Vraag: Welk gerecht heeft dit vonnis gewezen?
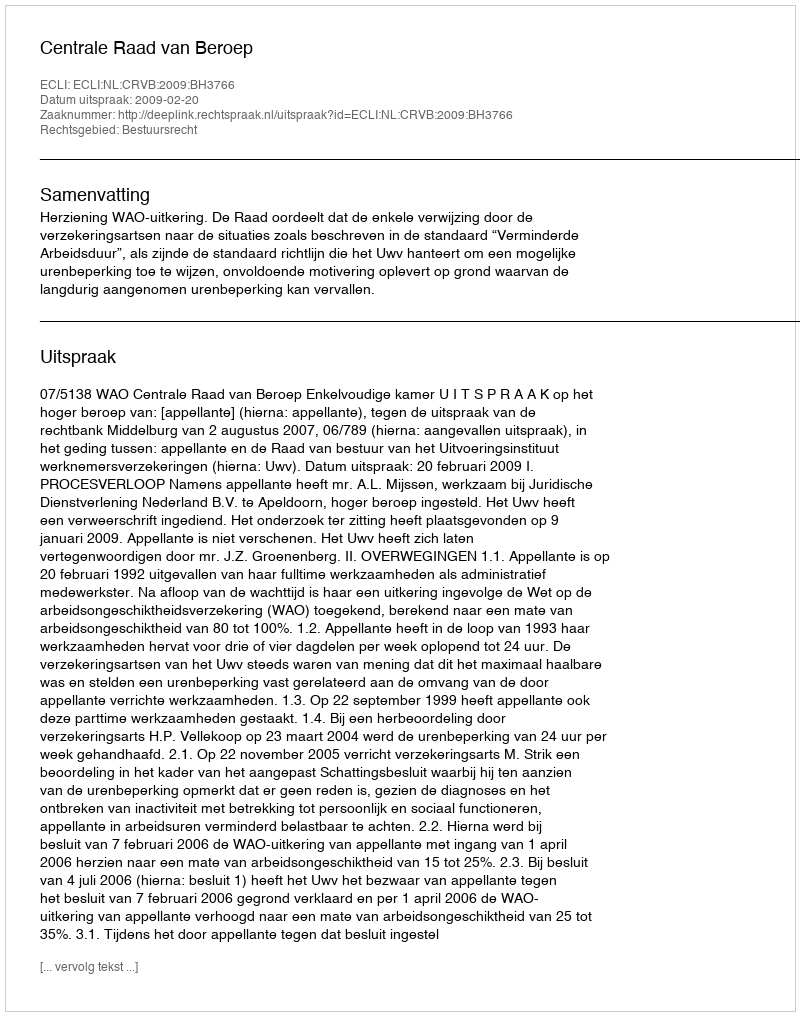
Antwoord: Centrale Raad van Beroep